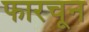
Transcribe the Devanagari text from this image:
फारचून